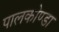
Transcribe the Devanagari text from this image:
पालकोण्डा